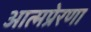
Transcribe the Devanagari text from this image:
आत्मप्रेरणा